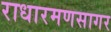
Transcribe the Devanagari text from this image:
राधारमणसागर